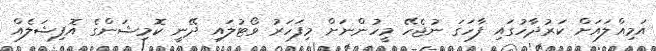
އަމިއްލައަށް ކަރުދާހުގައި ފާހަގަ ނުޖެހޭ މީހުންނަށް މިފަހަރު ވޯޓުލައި ދޭނީ ކޮމިޝަންގެ އޮފިޝަލެއް